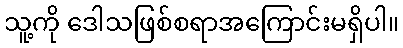
သူ့ကို ဒေါသဖြစ်စရာအကြောင်းမရှိပါ။